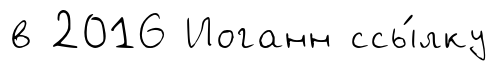
в 2016 Иоганн ссы́лку